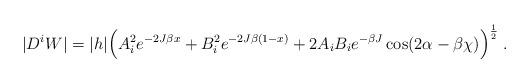
LaTeX: \begin{align*}|D^iW| = |h| \Big( A_i^2 e^{-2J\beta x}+B_i^2 e^{-2J\beta(1-x)} +2A_iB_ie^{-\beta J}\cos(2\alpha-\beta\chi) \Big)^{\frac{1}{2}} \; .\end{align*}